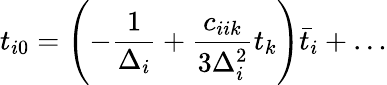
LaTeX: t_{i0}=\left(-{\frac{1}{\Delta_{i}}}+{\frac{c_{iik}}{3\Delta_{i}^{2}}}t_{k}\right)\bar{t}_{i}+\dots